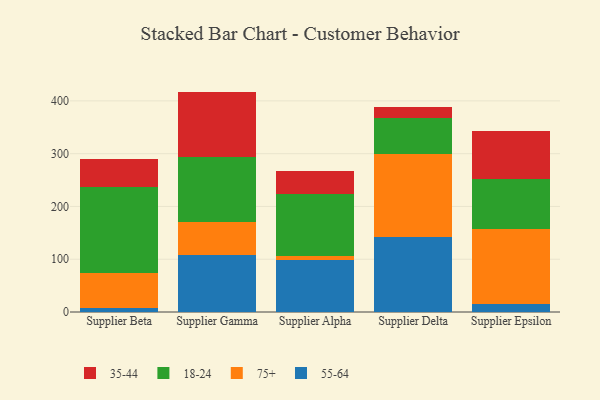
{"axis": {"x": "Supplier", "y": "Backlog"}, "legend": ["18-24", "35-44", "55-64", "75+"], "data": [{"x": "Supplier Beta", "y": 8.4, "type": "55-64"}, {"x": "Supplier Beta", "y": 65.9, "type": "75+"}, {"x": "Supplier Beta", "y": 162.1, "type": "18-24"}, {"x": "Supplier Beta", "y": 53.6, "type": "35-44"}, {"x": "Supplier Gamma", "y": 107.6, "type": "55-64"}, {"x": "Supplier Gamma", "y": 62.8, "type": "75+"}, {"x": "Supplier Gamma", "y": 122.7, "type": "18-24"}, {"x": "Supplier Gamma", "y": 124.5, "type": "35-44"}, {"x": "Supplier Alpha", "y": 99.1, "type": "55-64"}, {"x": "Supplier Alpha", "y": 7.5, "type": "75+"}, {"x": "Supplier Alpha", "y": 117.5, "type": "18-24"}, {"x": "Supplier Alpha", "y": 43.3, "type": "35-44"}, {"x": "Supplier Delta", "y": 142.5, "type": "55-64"}, {"x": "Supplier Delta", "y": 156.1, "type": "75+"}, {"x": "Supplier Delta", "y": 69.3, "type": "18-24"}, {"x": "Supplier Delta", "y": 21.0, "type": "35-44"}, {"x": "Supplier Epsilon", "y": 15.9, "type": "55-64"}, {"x": "Supplier Epsilon", "y": 141.9, "type": "75+"}, {"x": "Supplier Epsilon", "y": 94.4, "type": "18-24"}, {"x": "Supplier Epsilon", "y": 91.5, "type": "35-44"}]}